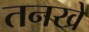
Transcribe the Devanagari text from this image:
तनखे